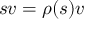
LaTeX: s v = \rho ( s ) v